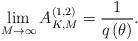
LaTeX: \begin{align*} \mathop {\lim }\limits_{M \to \infty } A_{K,M}^{(1,2)} = \frac{1}{{q\left( \theta \right)}} .\end{align*}